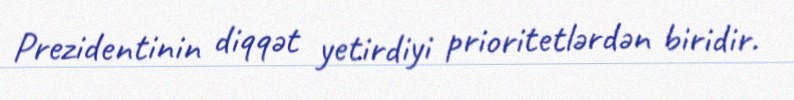
Prezidentinin diqqət yetirdiyi prioritetlərdən biridir.